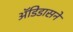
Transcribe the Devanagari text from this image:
अॅडिडासने